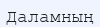
Даламның